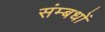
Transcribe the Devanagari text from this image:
संम्बधों